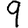
Digit: 9